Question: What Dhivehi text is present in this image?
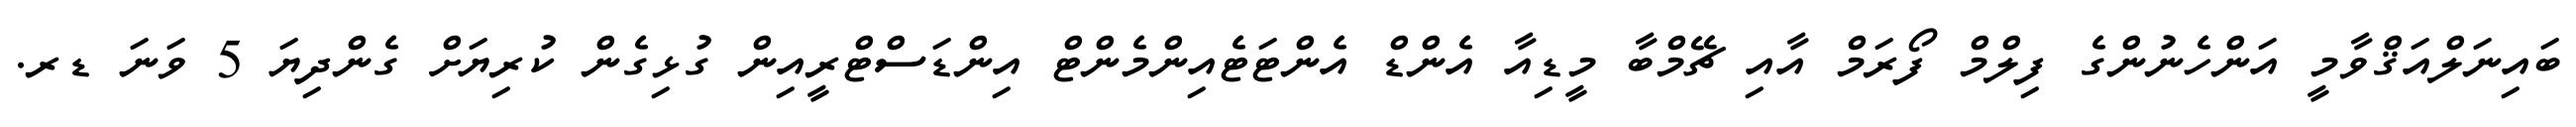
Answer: ބައިނަލްއަޤްވާމީ އަންހެނުންގެ ފިލްމް ފޯރަމް އާއި ޗޭމްބާ މީޑިއާ އެންޑް އެންޓަޓެއިންމެންޓް އިންޑަސްޓްރީއިން ގުޅިގެން ކުރިޔަށް ގެންދިޔަ 5 ވަނަ ޑރ.